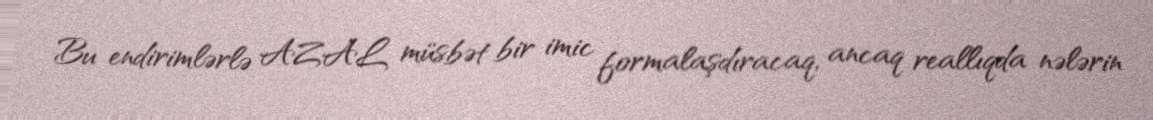
Bu endirimlərlə AZAL müsbət bir imic formalaşdıracaq, ancaq reallıqda nələrin